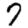
Digit: 7